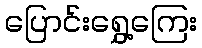
ပြောင်းရွှေ့ကြေး